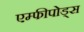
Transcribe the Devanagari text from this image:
एम्फीपोड्स